Civil Veterinary Dept. Bombay admin report 1914-1922 - 1914-1922
Year: 1914
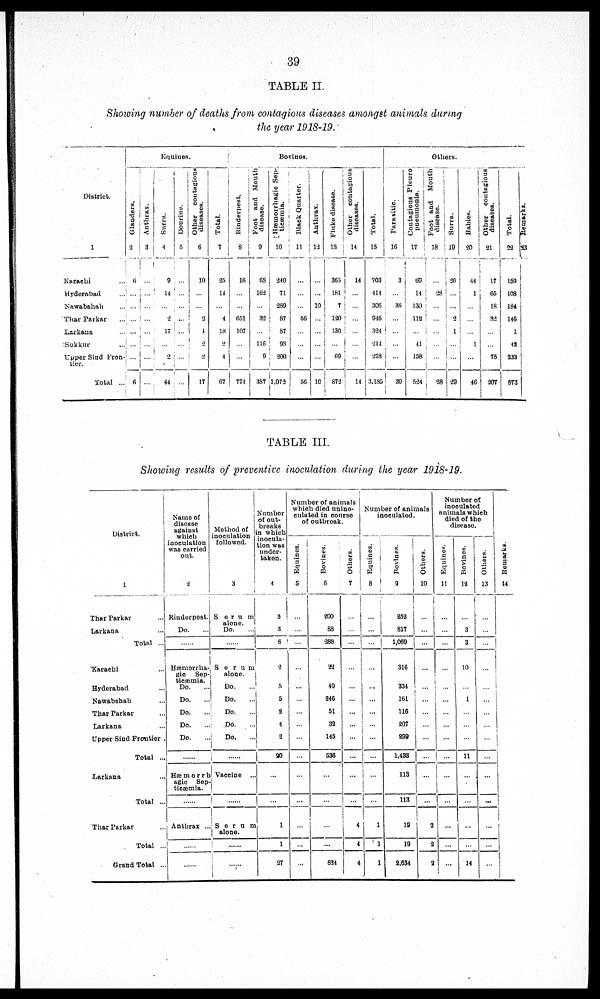
39
TABLE II.
Showing number of deaths from contagious diseases amongst animals during
the year 1918-19.
District.
1
Karachi …
Hyderabad …
Nawabshah …
Thar Parkar …
Larkana ...
Sukkur …
Upper Sind Fron-
tier.
Total ...
Equines.
Glanders.
2
6
...
...
...
...
...
...
6
Anthrax.
3
...
...
...
...
...
...
...
...
Surra.
4
9
14
...
2
17
...
2
44
Dourine.
5
...
...
...
...
...
...
...
...
Other contagious
diseases.
6
10
...
...
2
...
2
2
17
Total.
7
25
14
...
4
18
2
4
67
Bovines.
Rinderpest.
8
16
...
...
651
107
...
...
774
Foot and Mouth
disease.
9
68
162
...
32
...
116
9
387
Hæmorrhagic Sep-
ticæmia.
10
240
71
289
87
87
98
200
1,073
Black Quarter.
11
...
...
...
66
...
...
...
56
Anthrax.
12
...
...
10
...
...
...
...
10
Fluke disease.
13
365
181
7
120
130
...
69
872
Other
contagious
diseases.
14
14
...
...
...
...
...
...
14
Total.
15
703
414
306
946
324
214
278
3,185
Others.
Parasitic.
16
3
...
36
...
…
...
...
39
Contagious Pleuro
pneumonia.
17
69
14
130
112
…
41
158
524
Foot and Mouth
disease.
18
...
28
...
...
...
...
…
38
Surra.
19
26
...
...
2
1
...
...
29
Babies.
20
44
1
...
...
...
1
...
46
Other
contagious
diseases.
21
17
65
18
32
...
...
75
207
Total.
22
159
108
184
146
1
42
233
873
Remarks.
23
TABLE III.
Showing results of preventive inoculation during the year 1918-19.
District.
1
Thar Parkar …
Larkana …
Total ...
Karachi …
Hyderabad
Nawabshah …
Thar Parkar …
Larkana …
Upper Sind Frontier.
Total ...
Larkana …
Total ...
Thar Parkar …
Total …
Grand Total …
Name of
discase
against
which
inoculation
was carried
out.
2
Rinderpest.
Do. …
.......
Hæmorrha-
gic Sep-
ticæmia.
Do. …
Do. …
Do. …
Do. …
Do. …
......
Hæmorrh
agic Sep
tieæmia.
......
Anthrax …
…...
......
Method of
inoculation
followed.
3
Serum
alone.
Do. …
......
Serum
alone.
Do. …
Do.
...
Do. …
Do. …
Do. …
......
Vaccine ...
......
Serum
alone.
......
......
Number
of out-
breaks
in which
inocula-
tion was
under-
taken.
4
3
3
6
2
5
5
2
4
2
20
…
...
1
1
27
Number of animals
which died unino-
culated in course
of outbreak.
Equines.
5
…
...
…
…
...
…
…
…
…
…
…
...
...
...
...
Bovines.
6
200
88
288
22
40
246
51
32
145
538
...
...
...
...
824
Others.
7
...
…
…
…
...
...
...
...
…
...
4
4
4
Number of animals
inoculated.
Equines.
8
...
... ...
…
...
...
…
…
…
…
…
...
...
...
...
Bovines.
9
252
817
1,069
316
334
161
116
207
299
1,433
113
113
19
19
2,634
Others.
10
...
...
...
...
...
...
...
...
...
...
...
...
2
2
2
Number of
inoculated
animals which
died of the
discase.
Equines.
11
...
...
...
...
...
...
...
...
...
...
...
...
...
...
...
Bovines.
12
...
3
3
10
...
1
...
...
...
11
...
...
...
...
14
Others.
13
...
...
...
...
...
...
...
...
...
...
...
...
...
...
...
Remarks.
14